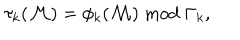
\tau _ { k } ( { \cal M } ) = \phi _ { k } ( { \cal M } ) \bmod \Gamma _ { k } \mathrm { , }